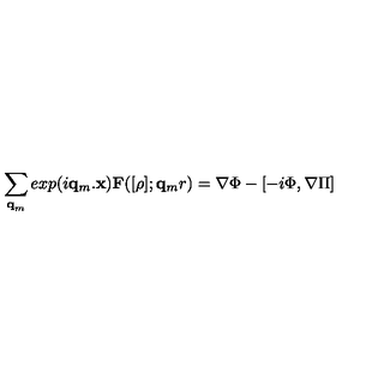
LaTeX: \sum _ { { \bf { q } } _ { m } } e x p ( i { \mathrm { } } { \bf { q } } _ { m } . { \bf { x } } ) { \bf { F } } ( [ \rho ] ; { \bf { q } } _ { m } r ) = \nabla \Phi - [ - i \mathrm { } \Phi , \nabla \Pi ]